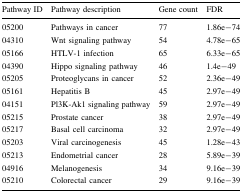
<table><thead><tr><td><b>Pathway ID</b></td><td><b>Pathway description</b></td><td><b>Gene count</b></td><td><b>FDR</b></td></tr></thead><tbody><tr><td>05200</td><td>Pathways in cancer</td><td>77</td><td>1.86e−74</td></tr><tr><td>04310</td><td>Wnt signaling pathway</td><td>54</td><td>4.78e−65</td></tr><tr><td>05166</td><td>HTLV-1 infection</td><td>65</td><td>6.33e−65</td></tr><tr><td>04390</td><td>Hippo signaling pathway</td><td>46</td><td>1.4e−49</td></tr><tr><td>05205</td><td>Proteoglycans in cancer</td><td>52</td><td>2.36e−49</td></tr><tr><td>05161</td><td>Hepatitis B</td><td>45</td><td>2.97e−49</td></tr><tr><td>04151</td><td>Pl3K-Ak1 signaling pathway</td><td>59</td><td>2.97e−49</td></tr><tr><td>05215</td><td>Prostate cancer</td><td>38</td><td>2.97e−49</td></tr><tr><td>05217</td><td>Basal cell carcinoma</td><td>32</td><td>2.97e−49</td></tr><tr><td>05203</td><td>Viral carcinogenesis</td><td>45</td><td>1.28e−43</td></tr><tr><td>05213</td><td>Endometrial cancer</td><td>28</td><td>5.89e−39</td></tr><tr><td>04916</td><td>Melanogenesis</td><td>34</td><td>9.16e−39</td></tr><tr><td>05210</td><td>Colorectal cancer</td><td>29</td><td>9.16e−39</td></tr></tbody></table>